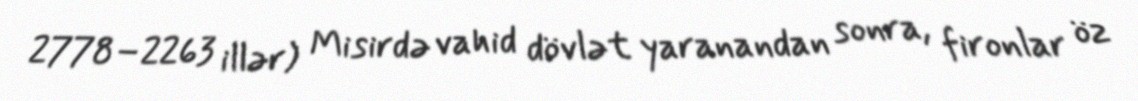
2778–2263 illər) Misirdə vahid dövlət yaranandan sonra, fironlar öz